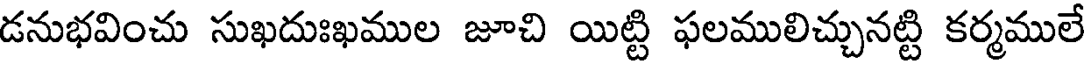
డనుభవించు సుఖదుఃఖముల జూచి యిట్టి ఫలములిచ్చునట్టి కర్మములే